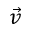
\vec { v }